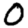
Digit: 0